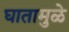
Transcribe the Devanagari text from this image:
घातामुळे